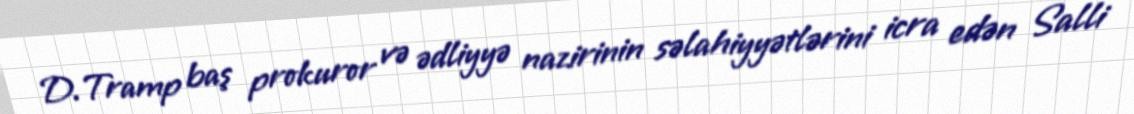
D.Tramp baş prokuror və ədliyyə nazirinin səlahiyyətlərini icra edən Salli